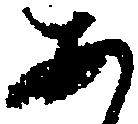
あ